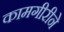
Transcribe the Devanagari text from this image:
कामगीरीने